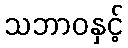
သဘာဝနှင့်